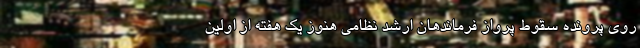
روی پرونده سقوط پرواز فرماندهان ارشد نظامی هنوز یک هفته از اولین